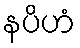
နပိဟံ